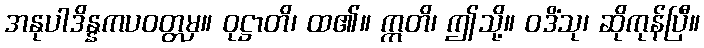
အနုပါဒိန္နကပဝတ္တမှ။ ဝုဋ္ဌာတိ၊ ထ၏။ ဣတိ၊ ဤသို့။ ဝဒိံသု၊ ဆိုကုန်ပြီ။